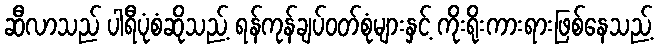
ဆီလာသည် ပါရီပုံစံဆိုသည့် ရန်ကုန်ချပ်ဝတ်စုံများနှင့် ကိုးရိုးကားရားဖြစ်နေသည့်